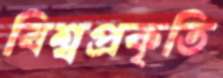
বিশ্বপ্রকৃতি